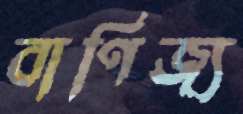
বাণিজ্য